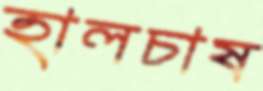
হালচাষ